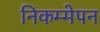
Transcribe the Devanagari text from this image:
निकम्मेपन